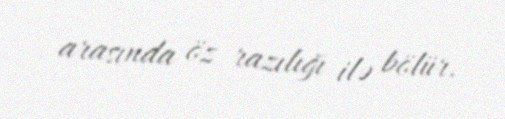
arasında öz razılığı ilə bölür.